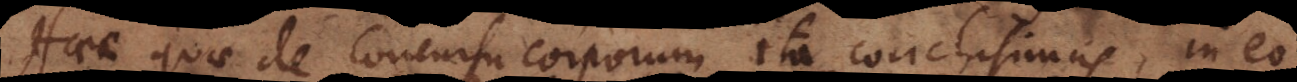
Haec quae de concursu corporum ita conclusimus, in eo